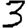
Digit: 3